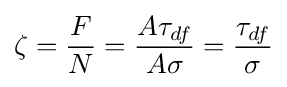
\zeta ={\frac {F}{N}}={\frac {A\tau _{df}}{A\sigma }}={\frac {\tau _{df}}{\sigma }}